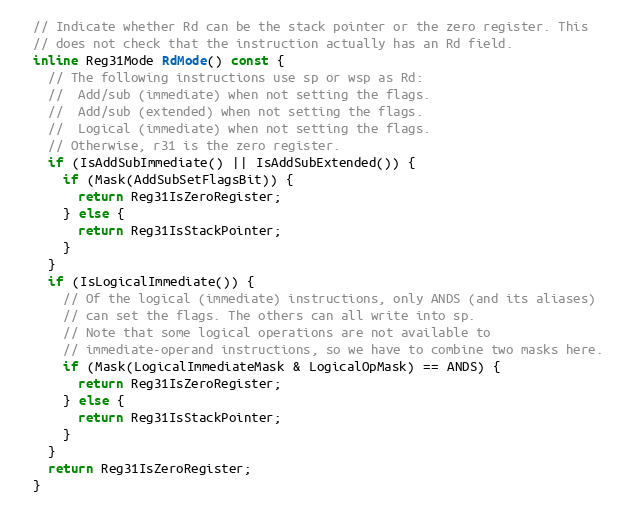
Language: C
  // Indicate whether Rd can be the stack pointer or the zero register. This
  // does not check that the instruction actually has an Rd field.
  inline Reg31Mode RdMode() const {
    // The following instructions use sp or wsp as Rd:
    //  Add/sub (immediate) when not setting the flags.
    //  Add/sub (extended) when not setting the flags.
    //  Logical (immediate) when not setting the flags.
    // Otherwise, r31 is the zero register.
    if (IsAddSubImmediate() || IsAddSubExtended()) {
      if (Mask(AddSubSetFlagsBit)) {
        return Reg31IsZeroRegister;
      } else {
        return Reg31IsStackPointer;
      }
    }
    if (IsLogicalImmediate()) {
      // Of the logical (immediate) instructions, only ANDS (and its aliases)
      // can set the flags. The others can all write into sp.
      // Note that some logical operations are not available to
      // immediate-operand instructions, so we have to combine two masks here.
      if (Mask(LogicalImmediateMask & LogicalOpMask) == ANDS) {
        return Reg31IsZeroRegister;
      } else {
        return Reg31IsStackPointer;
      }
    }
    return Reg31IsZeroRegister;
  }